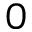
0